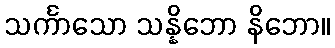
သင်္ကာသော သန္နိဘော နိဘော။